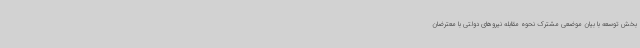
بخش توسعه با بیان موضعی مشترک نحوه مقابله نیروهای دولتی با معترضان